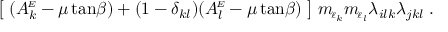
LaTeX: \big [ \; ( A _ { k } ^ { \! \scriptscriptstyle E } - \mu \tan \! { \beta } ) + ( 1 - \delta _ { k l } ) ( A _ { l } ^ { \! \scriptscriptstyle E } - \mu \tan \! { \beta } ) \; \big ] \; m _ { \! \scriptscriptstyle \ell _ { k } } m _ { \! \scriptscriptstyle \ell _ { l } } \lambda _ { i l k } \lambda _ { j k l } \; .